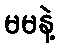
မမနဲ့